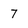
Character: 7